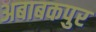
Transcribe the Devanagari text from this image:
अबाबकपुर